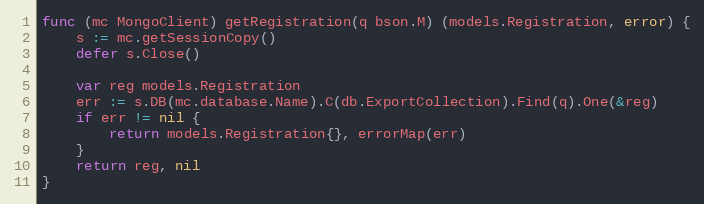
Language: Go
func (mc MongoClient) getRegistration(q bson.M) (models.Registration, error) {
	s := mc.getSessionCopy()
	defer s.Close()

	var reg models.Registration
	err := s.DB(mc.database.Name).C(db.ExportCollection).Find(q).One(&reg)
	if err != nil {
		return models.Registration{}, errorMap(err)
	}
	return reg, nil
}